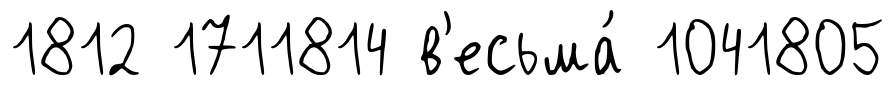
1812 1711814 в'есьма́ 1041805